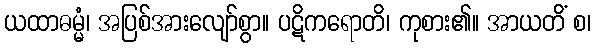
ယထာဓမ္မံ၊ အပြစ်အားလျော်စွာ။ ပဋိကရောတိ၊ ကုစား၏။ အာယတိံ စ၊